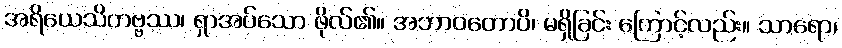
အရိယေသိတဗ္ဗဿ၊ ရှာအပ်သော ဖိုလ်၏။ အဘာဝတောပိ၊ မရှိခြင်း ကြောင့်လည်း။ သာရော၊